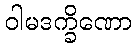
ဝါမဒက္ခိဏော